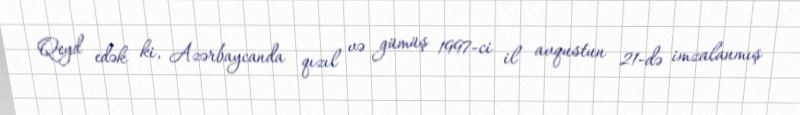
Qeyd edək ki, Azərbaycanda qızıl və gümüş 1997-ci il avqustun 21-də imzalanmış